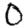
Digit: 0